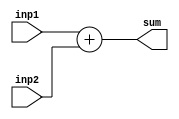
module Adder(
    input  [31:0] inp1,
    input  [31:0] inp2,
    output [31:0] sum
    );
    
    assign sum = inp1 + inp2 ;
    
endmodule